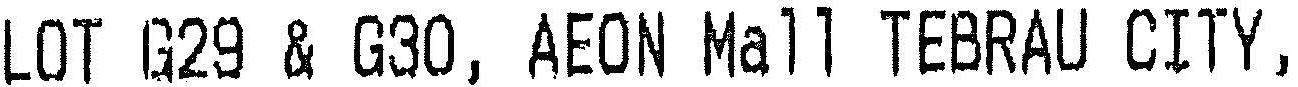
LOT G29 & G30, AEON MALL TEBRAU CITY,